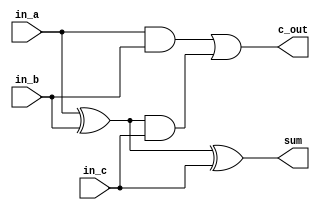
module full_adder(
    in_a,
    in_b,
    in_c,
    c_out,
    sum
);

input in_a;
input in_b;
input in_c;
output c_out;
output sum;

 assign sum = in_a ^ in_b ^ in_c;
 assign c_out = (in_a & in_b) | ((in_a ^ in_b) & in_c);

endmodule